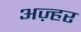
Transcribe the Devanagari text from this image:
अज़्हर